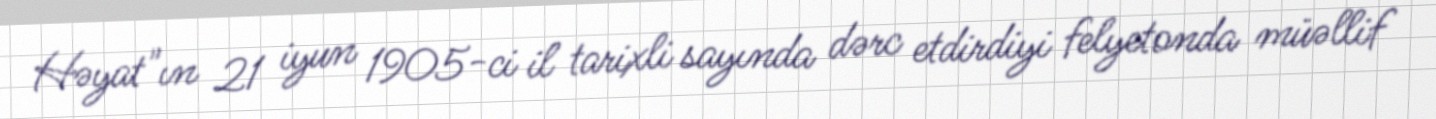
Həyat"ın 21 iyun 1905-ci il tarixli sayında dərc etdirdiyi felyetonda müəllif